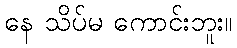
နေ သိပ်မ ကောင်းဘူး။